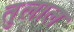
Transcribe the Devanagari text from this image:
तुलाल